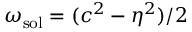
\omega _ { \mathrm { s o l } } = ( c ^ { 2 } - \eta ^ { 2 } ) / 2